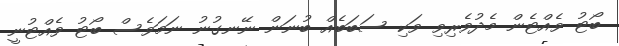
ބޯޓު ވެއްޓެން މެދުވެރިވި ވަކި ސަބަބެއް ބުނަން ނޭނގުނު ނަމަވެސް ބޯޓު ވެއްޓުނީ